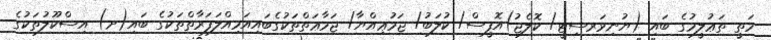
މަތީ ތަޢުލީމުގެ ބައި (ޔުނިވަރސިޓީ/ ކޮލެޖު)އޮފީސް/ ކުލަބު/ ޖަމުޢިއްޔާ/ ޖަމާޢަތްތަކުގެބައިއަމިއްލަފަރާތްތަކުގެ ބައި(ށ) އިސްކޫލުތަކުގެ